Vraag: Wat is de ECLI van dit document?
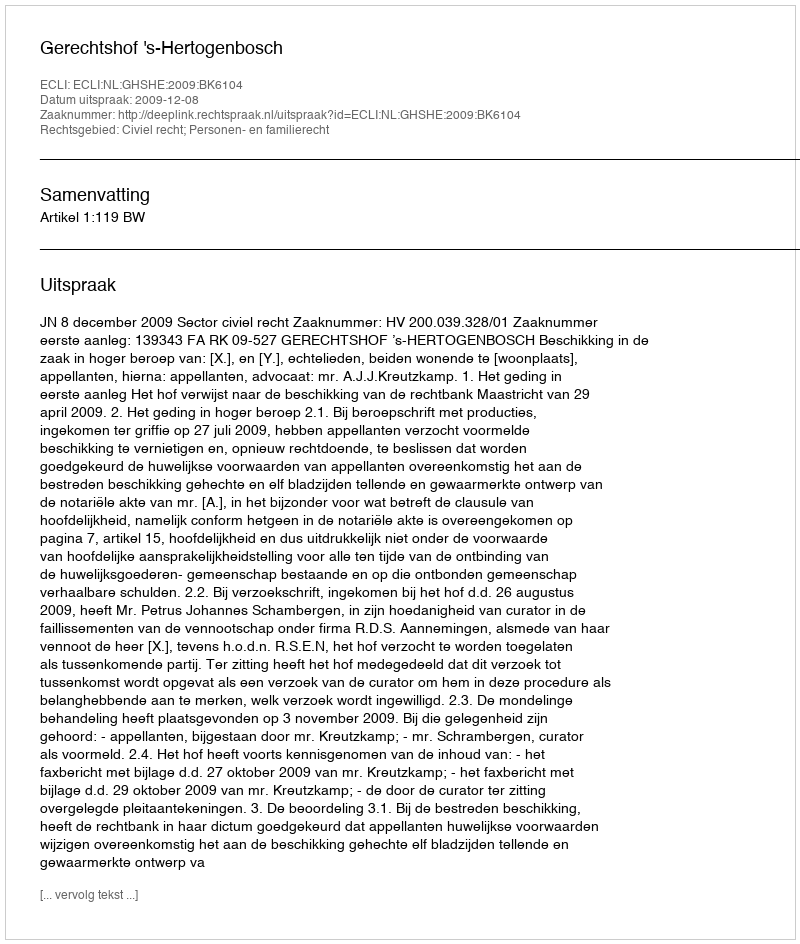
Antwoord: ECLI:NL:GHSHE:2009:BK6104